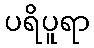
ပရိပူရာ